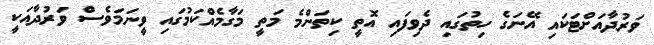
ވަރުދާއަށްޓަކައި އޭނަގެ ހިތުގައި ދެވިފައި އޮތީ ކިތަންމެ މަތީ މަގާމެއްކަމުގައި ވީނަމަވެސް ވަރުދާއަކީ